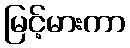
မြင့်မားကာ